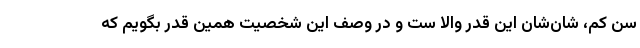
سن کم، شان‌شان این قدر والا ست و در وصف این شخصیت همین قدر بگویم که